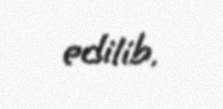
edilib.